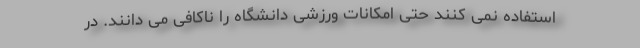
استفاده نمی کنند حتی امکانات ورزشی دانشگاه را ناکافی می دانند. در